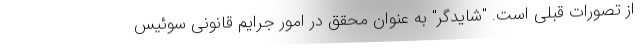
از تصورات قبلی است. "شایدگر" به عنوان محقق در امور جرایم قانونی سوئیس